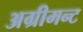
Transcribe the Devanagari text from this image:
अग्रीमन्ट